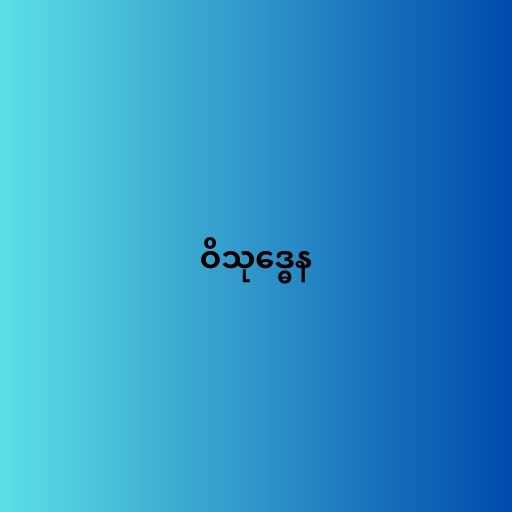
ဝိသုဒ္ဓေန